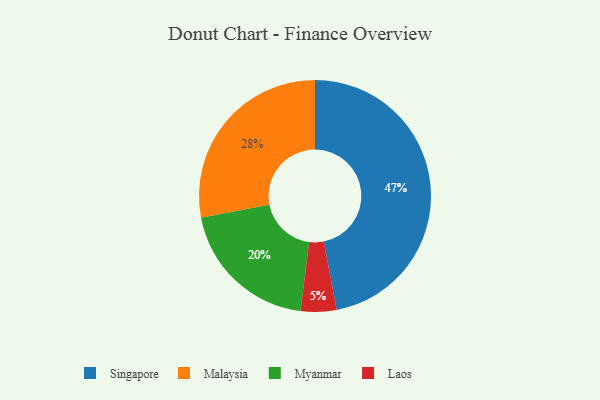
{"axis": {"x": "Category", "y": "Percentage"}, "legend": ["Laos", "Malaysia", "Myanmar", "Singapore"], "data": [{"x": "Malaysia", "y": 28, "type": "Malaysia"}, {"x": "Laos", "y": 5, "type": "Laos"}, {"x": "Singapore", "y": 47, "type": "Singapore"}, {"x": "Myanmar", "y": 20, "type": "Myanmar"}]}